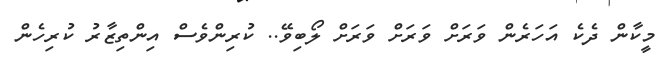
މީކާން ދެކެ އަހަރެން ވަރަށް ވަރަށް ވަރަށް ލޯބިވޭ.. ކުރިންވެސް އިންތިޒާރު ކުރިހެން